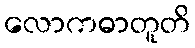
လောကဓာတူတိ